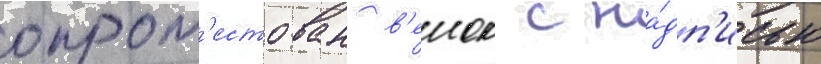
опрот'естован в'енок с на́дп'исью